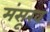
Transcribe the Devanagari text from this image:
मंसूख